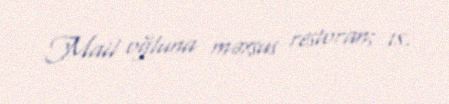
Mail oğluna məxsus restoran; 18.